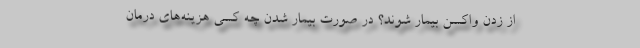
از زدن واکسن بیمار شوند؟ در صورت بیمار شدن چه کسی هزینه‌های درمان